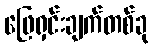
ဖြေရှင်းချက်တစ်ခု